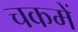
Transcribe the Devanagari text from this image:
चकमें